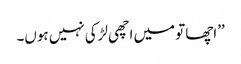
’’اچھا تو میں اچھی لڑکی نہیں ہوں۔